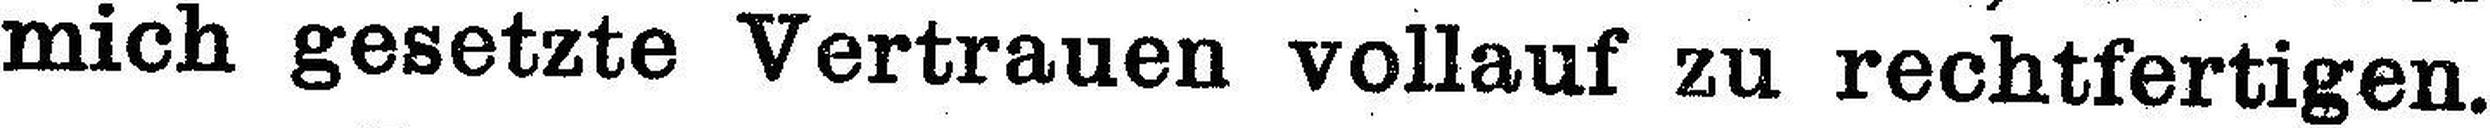
mich gesetzte Vertrauen vollauf zu rechtfertigen.